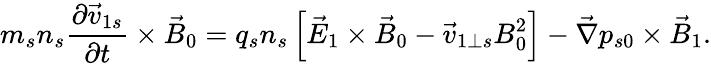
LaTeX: m_{s}n_{s}\frac{\partial\vec{v}_{1s}}{\partial t}\times\vec{B}_{0}=q_{s}n_{s}\left[\vec{E}_{1}\times\vec{B}_{0}-\vec{v}_{1\perp s}B_{0}^{2}\right]-\vec{\nabla}p_{s0}\times\vec{B}_{1}.